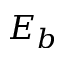
E _ { b }